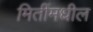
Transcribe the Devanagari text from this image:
मितींमधील